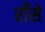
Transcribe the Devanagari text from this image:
राँसे